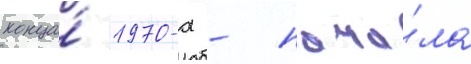
конца́ 1970-х - нача́ла